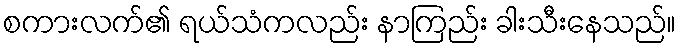
စကားလက်၏ ရယ်သံကလည်း နာကြည်း ခါးသီးနေသည်။